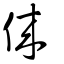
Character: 倈